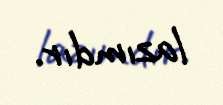
lazımdır.